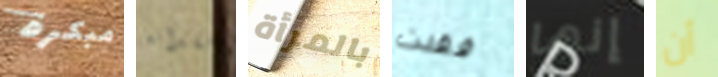
مبكرة فقدانه بالمرأة فقدت إنها أن